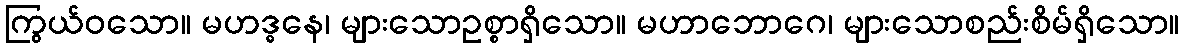
ကြွယ်ဝသော။ မဟဒ္ဓနေ၊ များသောဥစ္စာရှိသော။ မဟာဘောဂေ၊ များသောစည်းစိမ်ရှိသော။